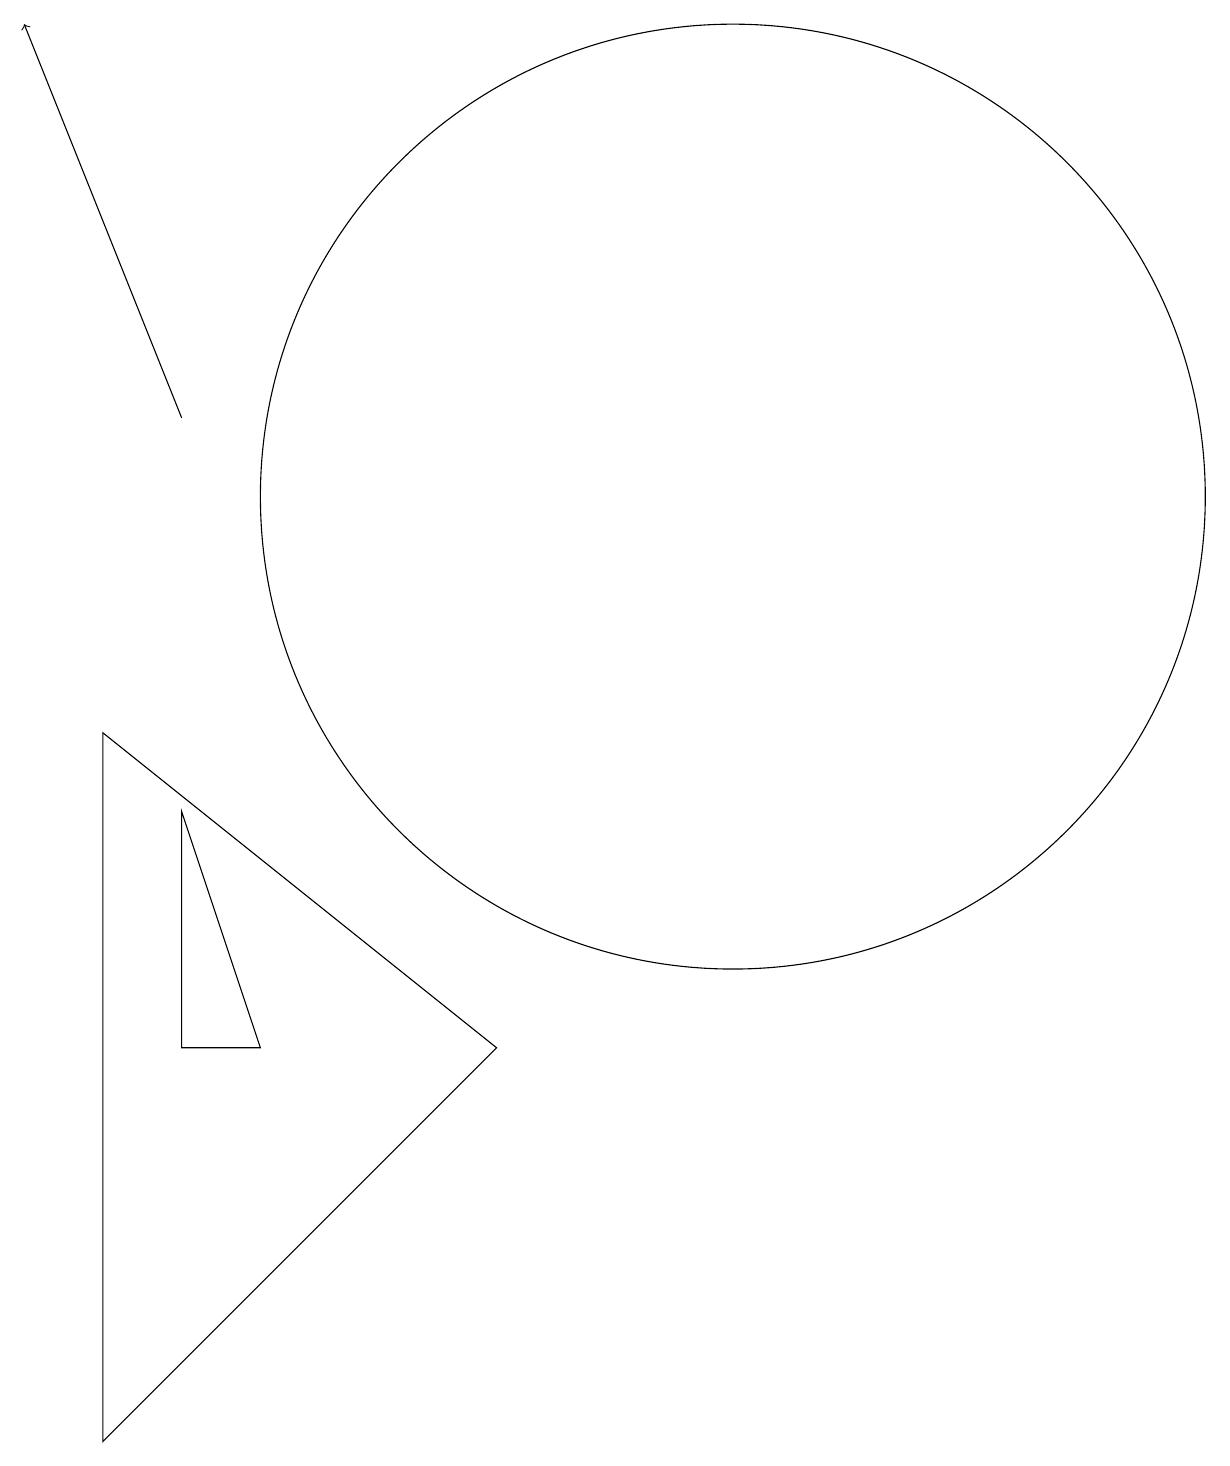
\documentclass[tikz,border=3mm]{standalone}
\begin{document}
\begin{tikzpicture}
\draw (11,12) circle (6);
\draw[->] (4,13) -- (2,18);
\draw (3,9) -- (8,5) -- (3,0) -- cycle;
\draw (5,5) -- (4,5) -- (4,8) -- cycle;
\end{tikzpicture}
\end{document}